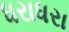
ધરાધરા